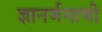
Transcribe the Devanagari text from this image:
ज्ञानर्जनाची